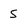
Character: S